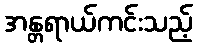
အန္တရာယ်ကင်းသည့်